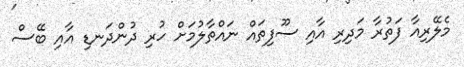
މެލޭރިއާ ފަތުރާ މަދިރި އާއި ސޫފިތައް ނައްތާލުމަށް ހުރި ދުންދަނޑި އާއި ބޭސް